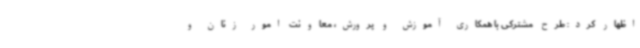
اظهار کرد: طرح مشترکی با همکاری آموزش و پرورش، معاونت امور زنان و